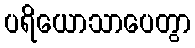
ပရိယောသာပေတွာ